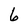
Character: 6